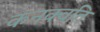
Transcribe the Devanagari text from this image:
कनक्वति